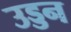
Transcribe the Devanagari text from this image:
उड्डन